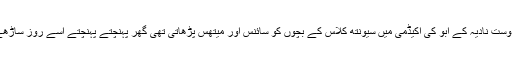
کالج کے بعد وہ اپنی دوست نادیہ کے ابو کی اکیڈمی میں سیونتھ کلاس کے بچوں کو سائنس اور میتھس پڑھاتی تھی گھر پہنچتے پہنچتے اسے روز ساڑھے تین ہو جا تے تھے۔